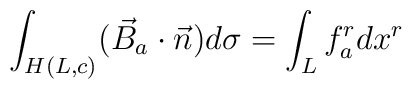
\int_{H(L, c)} (\vec{B}_{a} \cdot \vec{n}) d \sigma =\int_{L} f_{a}^{r} d x^{r}